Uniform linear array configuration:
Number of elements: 24
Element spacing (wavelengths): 1
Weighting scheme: cosine
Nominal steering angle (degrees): -60
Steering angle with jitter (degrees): -60.052
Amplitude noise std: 0.05
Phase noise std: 0.05

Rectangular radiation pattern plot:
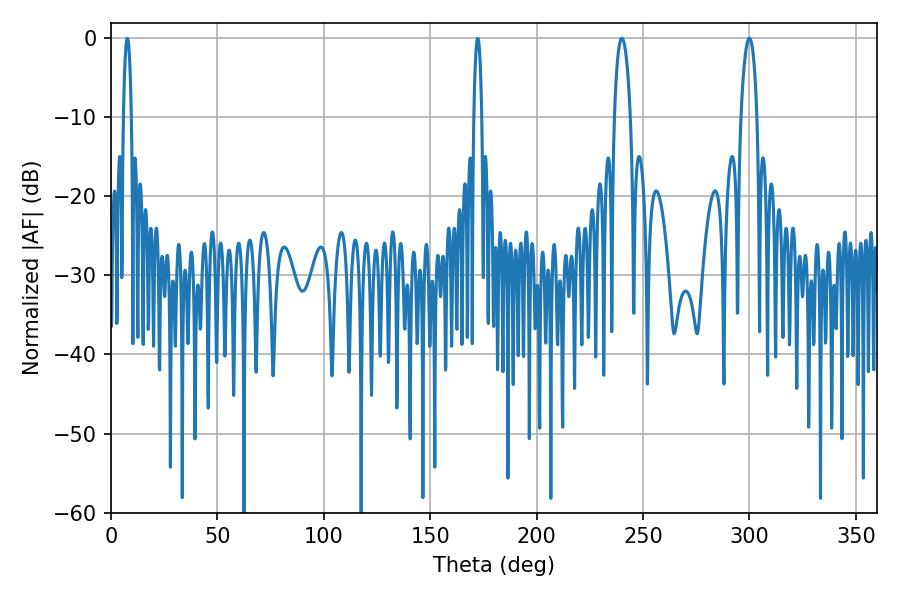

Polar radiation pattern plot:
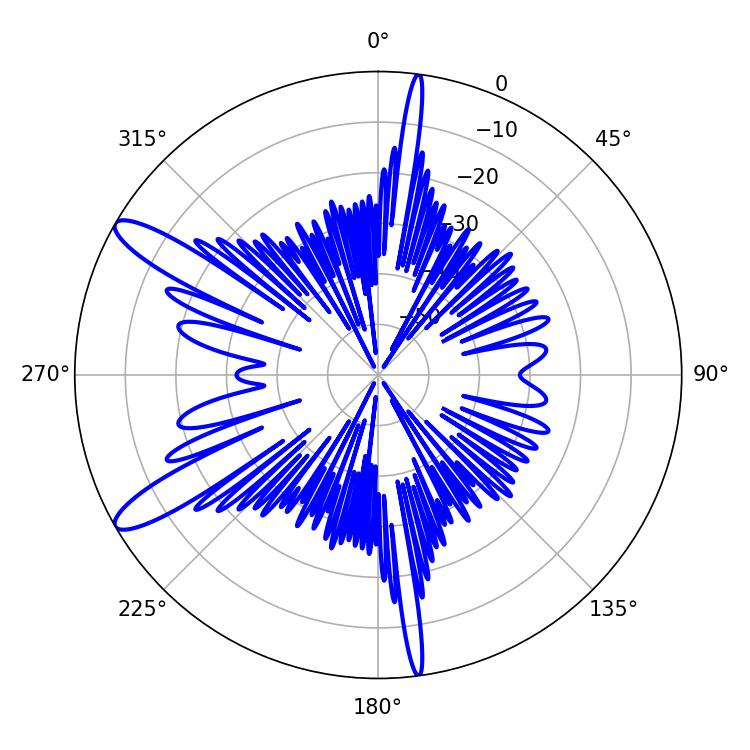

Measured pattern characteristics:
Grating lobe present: TRUE
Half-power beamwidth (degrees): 4.32
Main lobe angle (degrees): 299.88